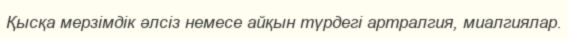
Қысқа мерзімдік әлсіз немесе айқын түрдегі артралгия, миалгиялар.